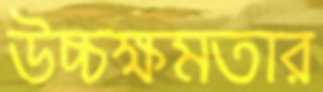
উচ্চক্ষমতার